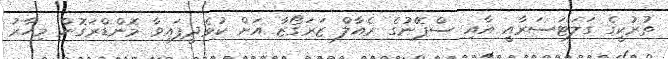
ތުރުކީގެ ގަލަޓަސަރާއީ އާއި ސްޕޭނުގެ ރެއާލް ޒަރަގޯޒާ އަށް ކުޅެދީފައިވާ މޮންޑްރަގޮން މިހާރު